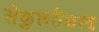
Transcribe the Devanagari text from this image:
सेकुलरीकरण